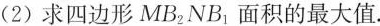
(2)求四边形MB2NB1面积的最大值。B2